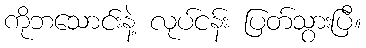
ကိုဘသောင်းနဲ့ လုပ်ငန်း ပြတ်သွားပြီ။